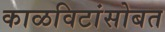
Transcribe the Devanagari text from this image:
काळविटांसोबत